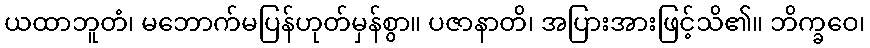
ယထာဘူတံ၊ မဘောက်မပြန်ဟုတ်မှန်စွာ။ ပဇာနာတိ၊ အပြားအားဖြင့်သိ၏။ ဘိက္ခဝေ၊